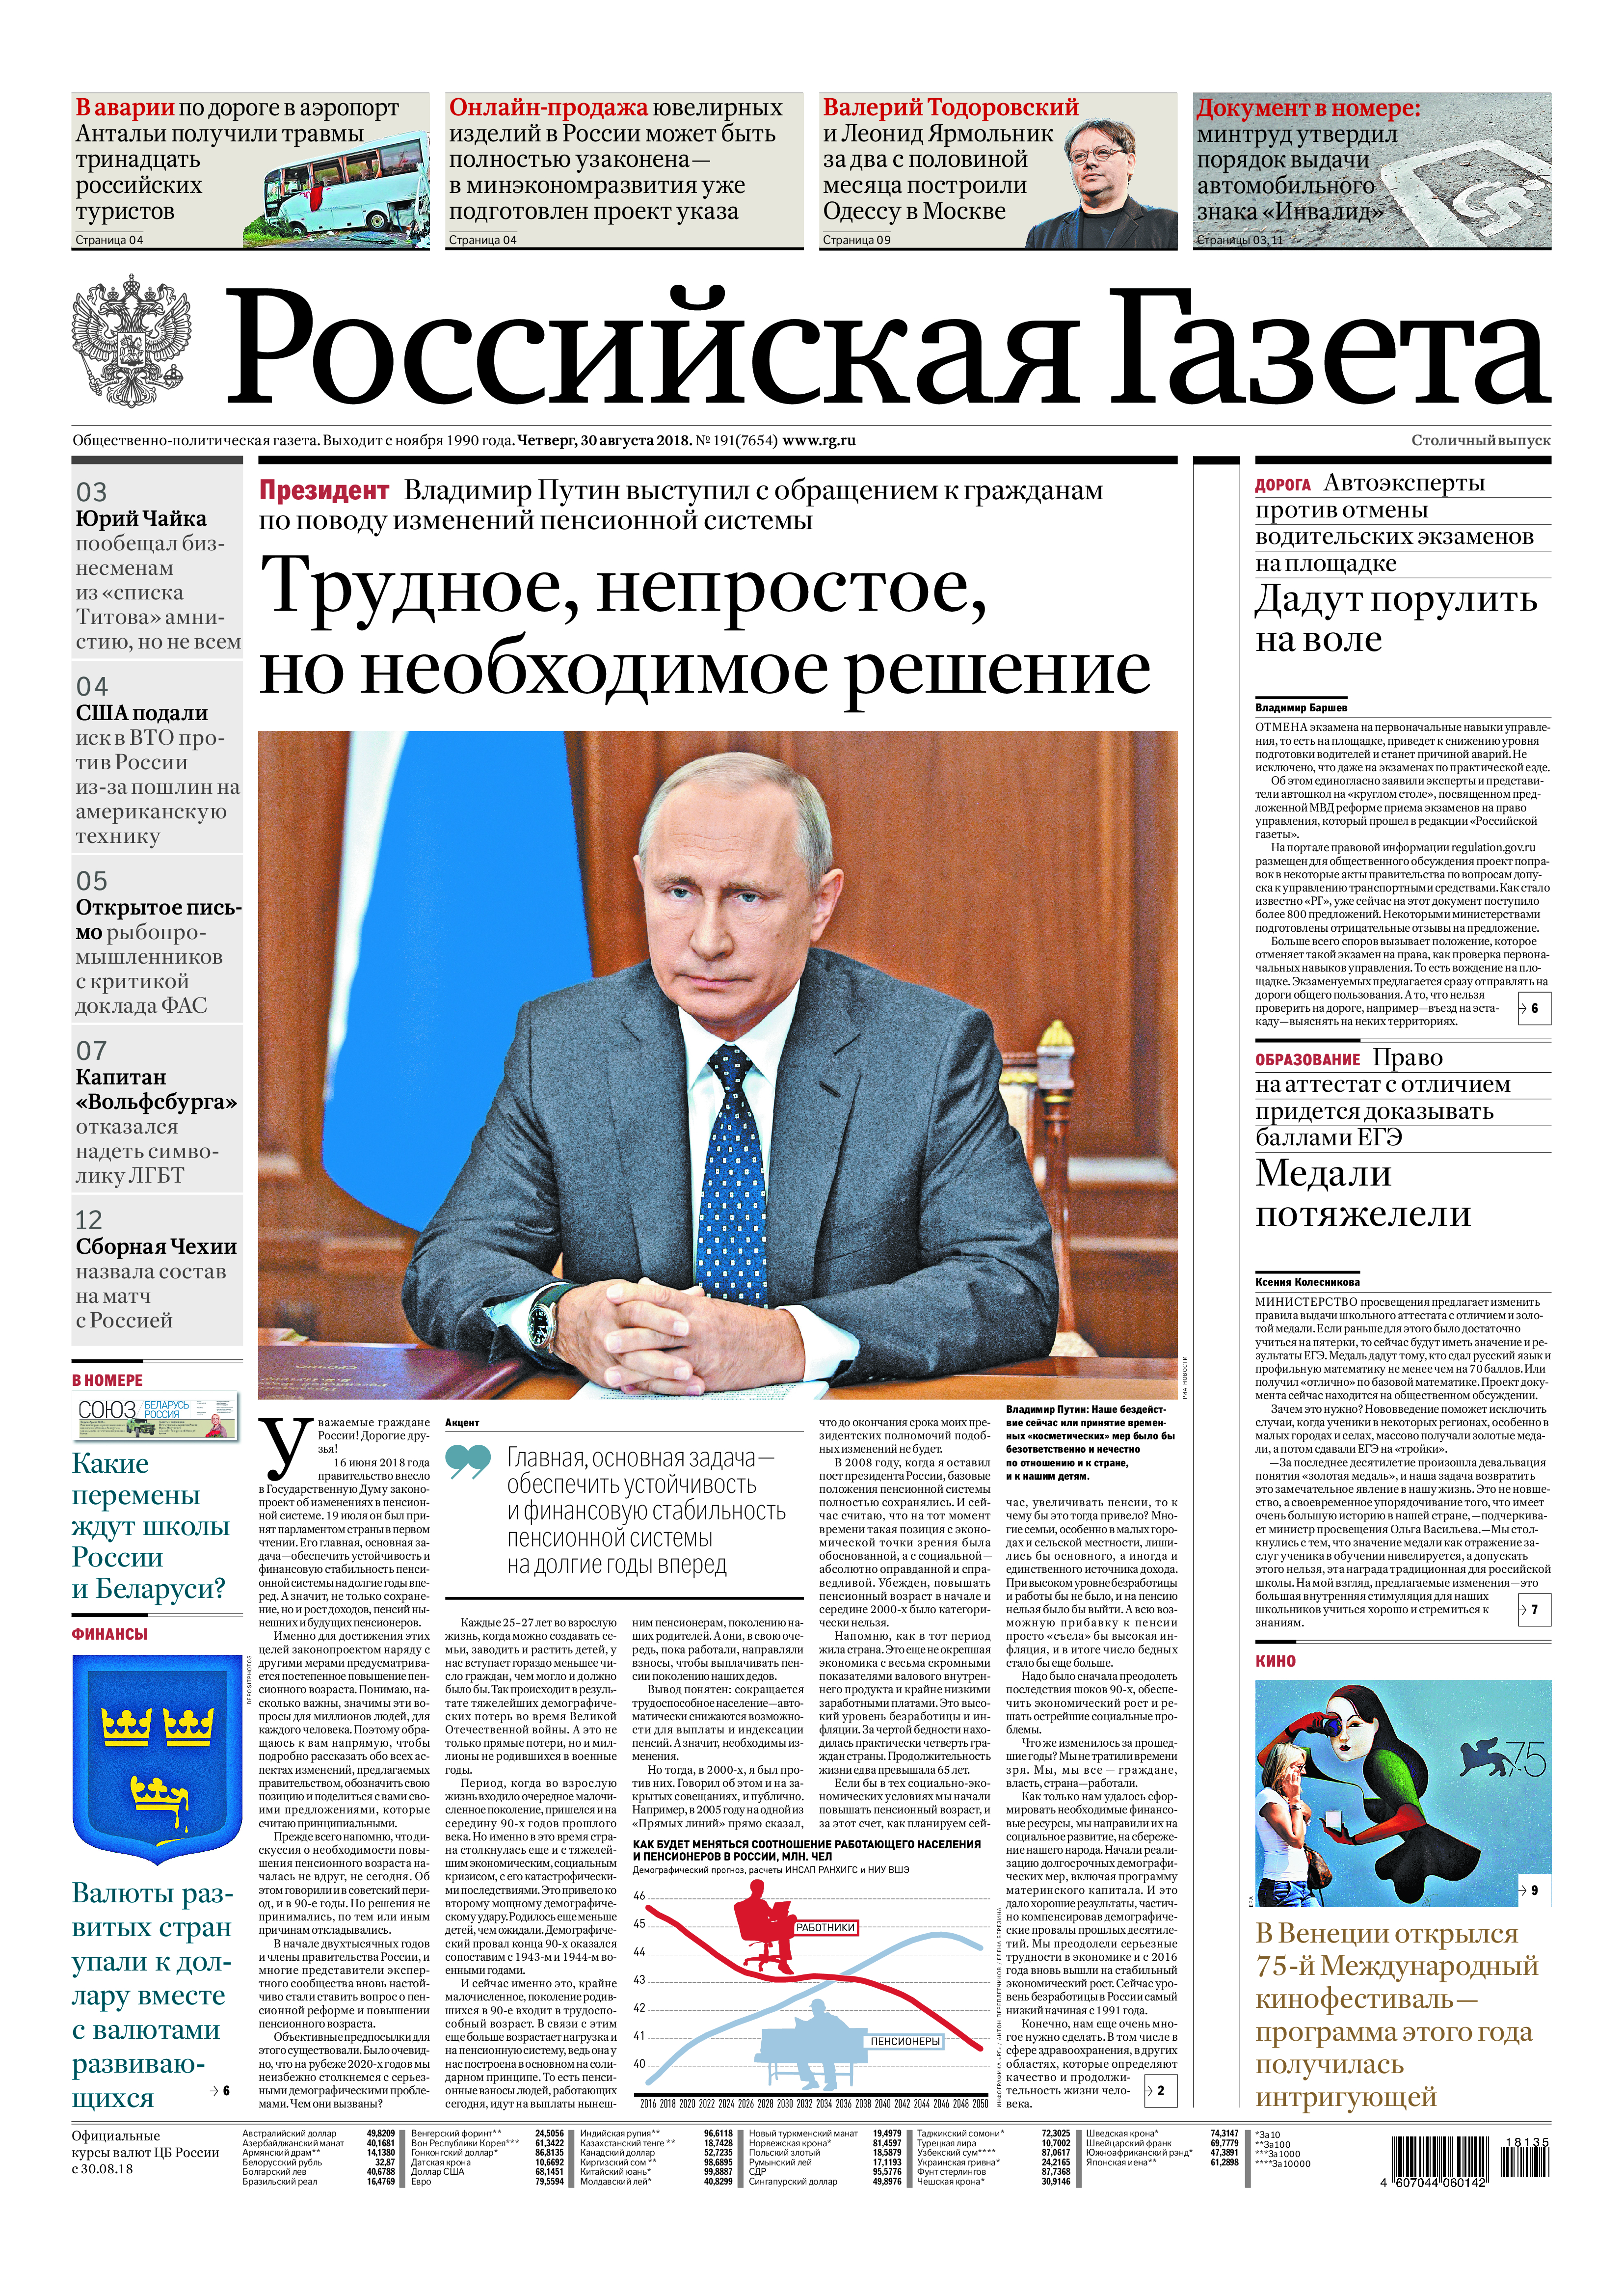
Language: ru